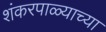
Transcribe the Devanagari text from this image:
शंकरपाळ्याच्या